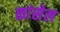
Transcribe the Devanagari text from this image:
कांसेल